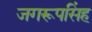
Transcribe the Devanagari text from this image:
जगरूपसिंह